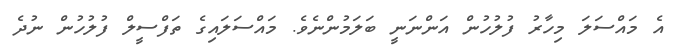
އެ މައްސަލަ މިހާރު ފުލުހުން އަންނަނީ ބަލަމުންނެވެ. މައްސަލައިގެ ތަފްސީލް ފުލުހުން ނުދެ